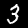
Digit: 3